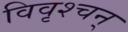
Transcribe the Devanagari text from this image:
विवृश्चन्